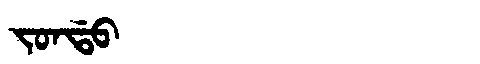
Manchu: ᠵᠣᠨᡩᠣ
Romanization: JONDO